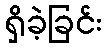
ရှိခဲ့ခြင်း